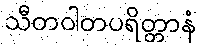
သီတဝါတပရိတ္တာနံ